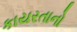
કાયરતાનો